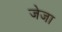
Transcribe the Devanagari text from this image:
जेजा